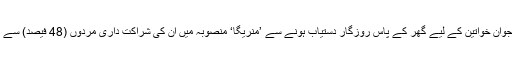
چھوٹے بچوں والی نوجوان خواتین کے لیے گھر کے پاس روزگار دستیاب ہونے سے ’منریگا‘ منصوبہ میں ان کی شراکت داری مردوں (48 فیصد) سے بڑی (52 فیصد) ہے۔